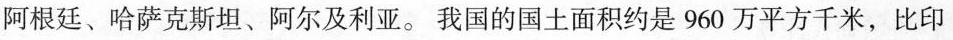
阿根廷、哈萨克斯坦、阿尔及利亚。我国的国土面积约是960万平方千米，比印